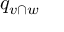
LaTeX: q _ { v \cap w }